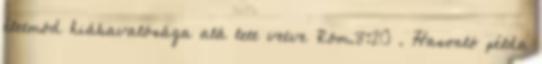
életmód hiábavalósága alá lett vetve Róm.8:20 . Hasonló példa